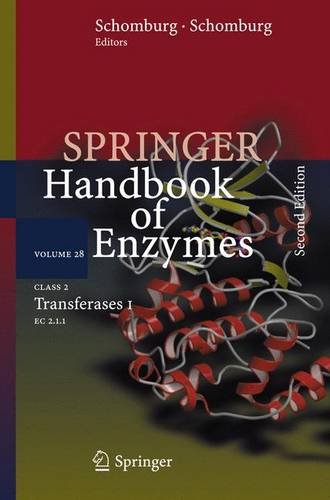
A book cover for Class 2 Transferases I: EC 2.1.1 (Springer Handbook of Enzymes); Medical Books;